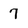
Character: 7